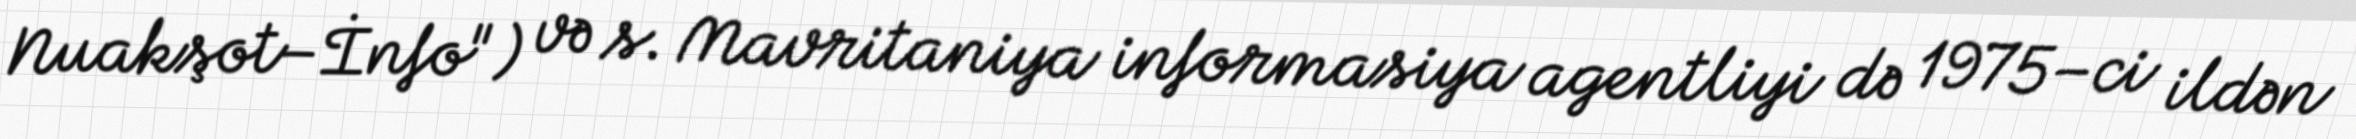
Nuakşot–İnfo") və s. Mavritaniya informasiya agentliyi də 1975–ci ildən